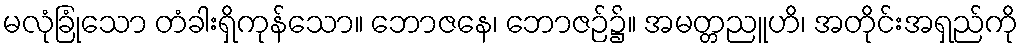
မလုံခြုံသော တံခါးရှိကုန်သော။ ဘောဇနေ၊ ဘောဇဉ်၌။ အမတ္တညူဟိ၊ အတိုင်းအရှည်ကို